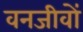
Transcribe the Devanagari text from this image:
वनजीवों